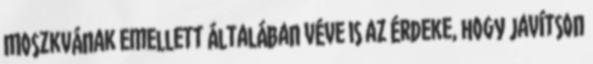
Moszkvának emellett általában véve is az érdeke, hogy javítson